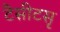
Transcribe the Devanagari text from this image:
टैसीटसृ